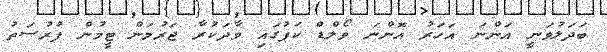
ބަދަލުވަނީ އަންނަ އަހަރު އޮންނަ ވޯލްޑް ކަޕުގައި ވާދަކުރާ ޖަރުމަން ޓީމުން ފުރުސަތު